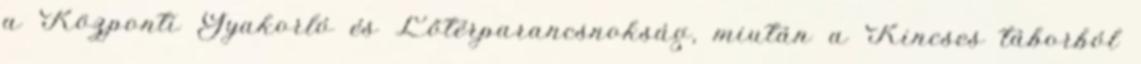
a Központi Gyakorló és Lőtérparancsnokság, miután a Kincses táborból